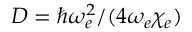
D = \hbar \omega _ { e } ^ { 2 } / ( 4 \omega _ { e } \chi _ { e } )